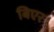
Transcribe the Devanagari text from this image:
बिएर